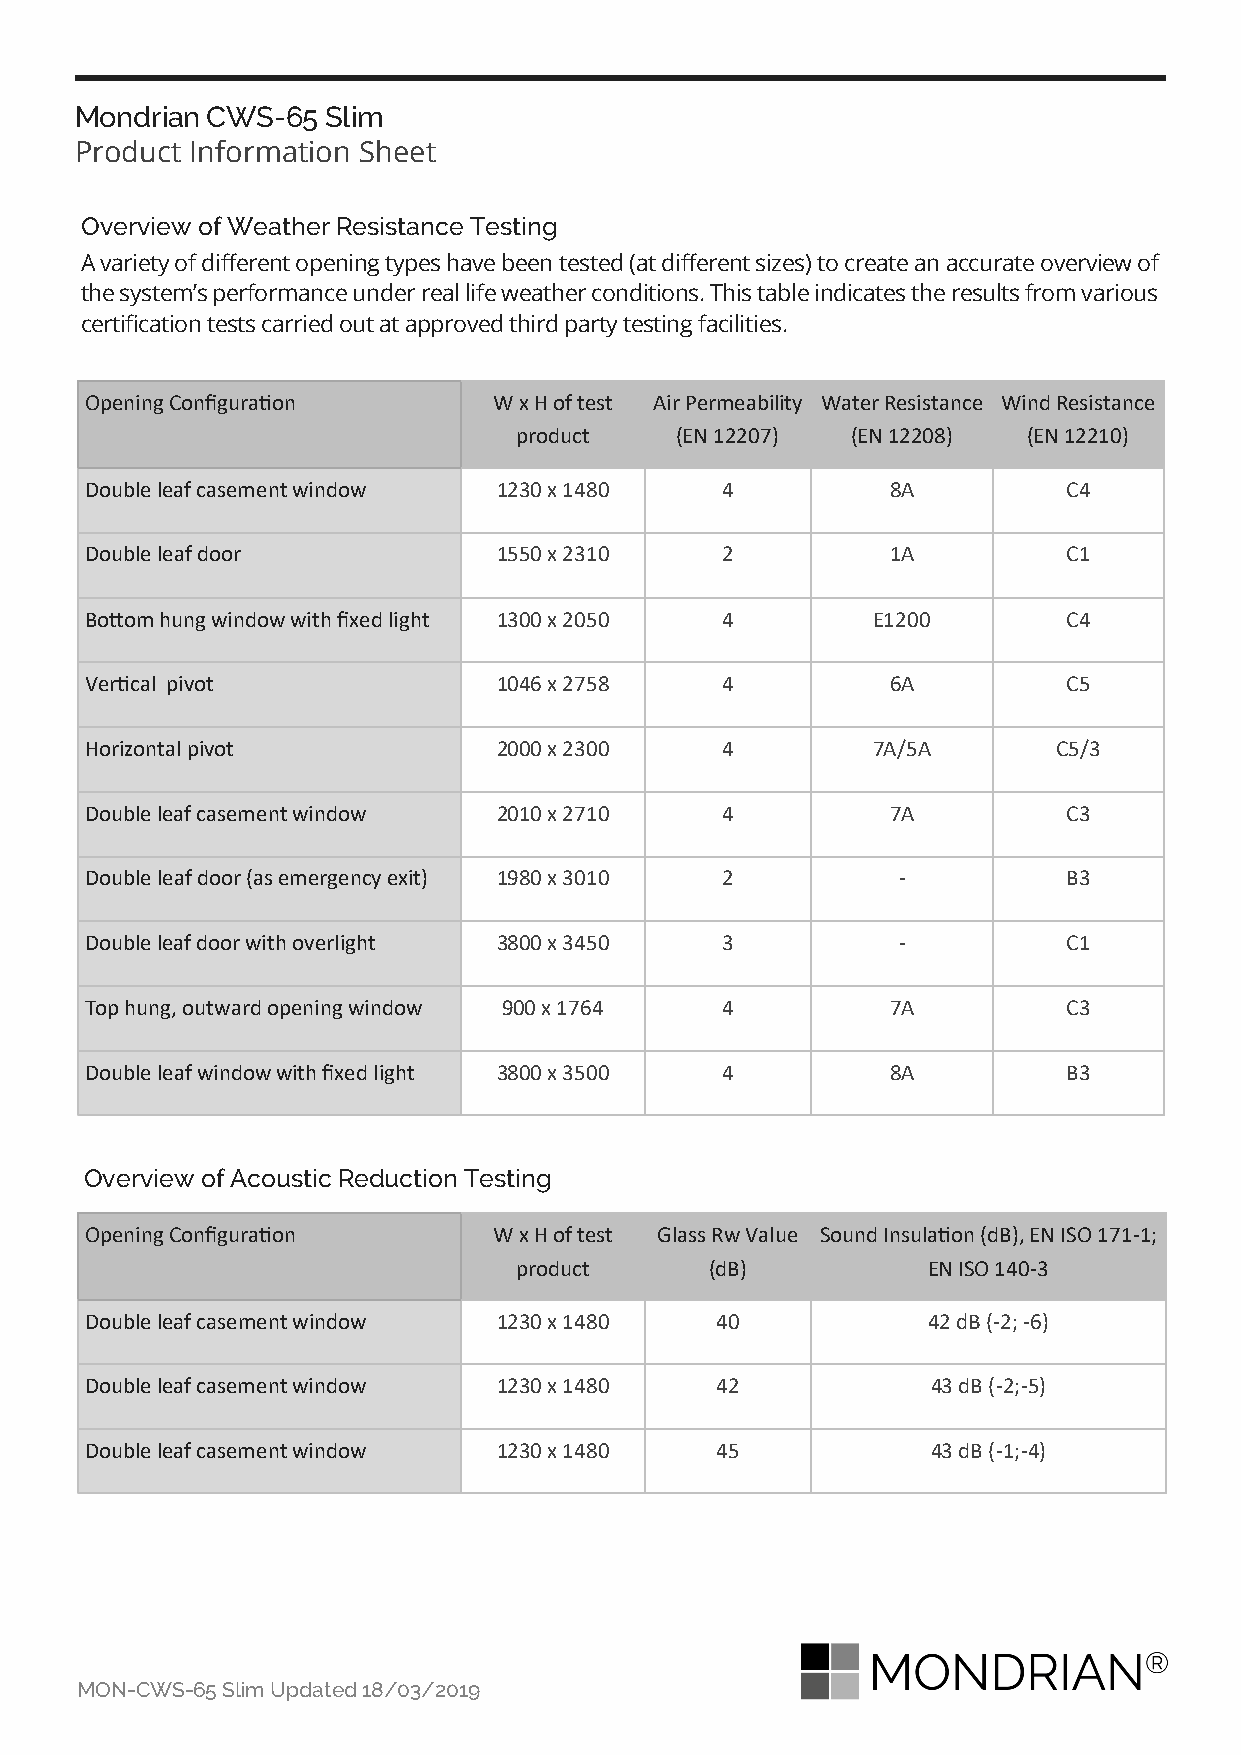
Mondrian CWS-65  Slim
 Product Information Sheet
 Overview of Weather Resistance Testing
 A variety of different opening types have been tested (at different sizes) to create an accurate overview of
 the system’s performance under real life weather conditions. This table indicates the results from various
 certification tests carried out at approved third party testing facilities.
 Opening Configuration      W x H of test Air Permeability Water Resistance Wind Resistance
 product    (EN 12207) (EN 12208)  (EN 12210)
 Double leaf casement window 1230 x 1480   4          8A          C4
 Double leaf door           1550 x 2310    2          1A          C1
 Bottom hung window with fixed light 1300 x 2050 4   E1200        C4
 Vertical pivot             1046 x 2758    4          6A          C5
 Horizontal pivot           2000 x 2300    4         7A/5A       C5/3
 Double leaf casement window 2010 x 2710   4          7A          C3
 Double leaf door (as emergency exit) 1980 x 3010 2   -           B3
 Double leaf door with overlight 3800 x 3450 3        -           C1
 Top hung, outward opening window 900 x 1764 4        7A          C3
 Double leaf window with fixed light 3800 x 3500 4    8A          B3
 Overview of Acoustic Reduction Testing
 Opening Configuration      W x H of test Glass Rw Value Sound Insulation (dB), EN ISO 171-1;
 product      (dB)          EN ISO 140-3
 Double leaf casement window 1230 x 1480  40            42 dB (-2; -6)
 Double leaf casement window 1230 x 1480  42             43 dB (-2;-5)
 Double leaf casement window 1230 x 1480  45             43 dB (-1;-4)
 MON-CWS-65 Slim Updated 18/03/2019